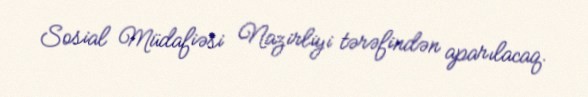
Sosial Müdafiəsi Nazirliyi tərəfindən aparılacaq.